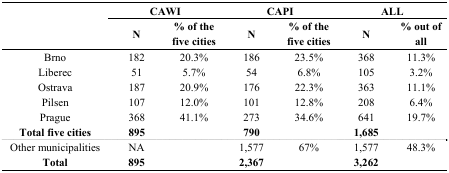
<table><thead><tr><td rowspan="2"></td><td colspan="2"><b>CAWI</b></td><td colspan="2"><b>CAPI</b></td><td colspan="2"><b>ALL</b></td></tr><tr><td><b>N</b></td><td><b>% of the five cities</b></td><td><b>N</b></td><td><b>% of the five cities</b></td><td><b>N</b></td><td><b>% out of all</b></td></tr></thead><tbody><tr><td>Brno</td><td>182</td><td>20.3%</td><td>186</td><td>23.5%</td><td>368</td><td>11.3%</td></tr><tr><td>Liberec</td><td>51</td><td>5.7%</td><td>54</td><td>6.8%</td><td>105</td><td>3.2%</td></tr><tr><td>Ostrava</td><td>187</td><td>20.9%</td><td>176</td><td>22.3%</td><td>363</td><td>11.1%</td></tr><tr><td>Pilsen</td><td>107</td><td>12.0%</td><td>101</td><td>12.8%</td><td>208</td><td>6.4%</td></tr><tr><td>Prague</td><td>368</td><td>41.1%</td><td>273</td><td>34.6%</td><td>641</td><td>19.7%</td></tr><tr><td><b>Total five cities</b></td><td><b>895</b></td><td></td><td><b>790</b></td><td></td><td><b>1</b><b>,</b><b>685</b></td><td></td></tr><tr><td>Other municipalities</td><td>NA</td><td></td><td>1,577</td><td>67%</td><td>1,577</td><td>48.3%</td></tr><tr><td><b>Total</b></td><td><b>895</b></td><td></td><td><b>2</b><b>,</b><b>367</b></td><td></td><td><b>3</b><b>,</b><b>262</b></td><td></td></tr></tbody></table>